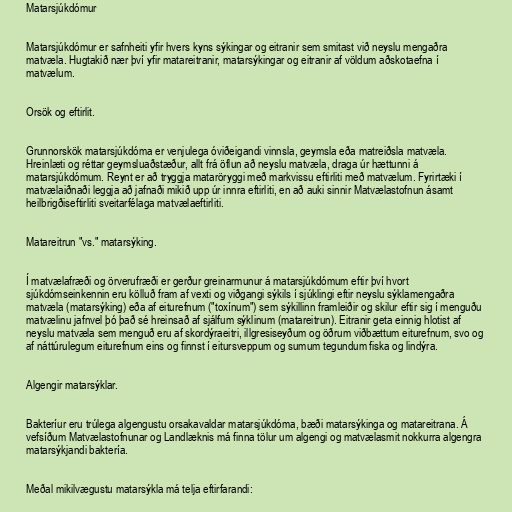
Matarsjúkdómur

Matarsjúkdómur er safnheiti yfir hvers kyns sýkingar og eitranir sem smitast við neyslu mengaðra
matvæla. Hugtakið nær því yfir matareitranir, matarsýkingar og eitranir af völdum aðskotaefna í
matvælum.

Orsök og eftirlit.

Grunnorskök matarsjúkdóma er venjulega óviðeigandi vinnsla, geymsla eða matreiðsla matvæla.
Hreinlæti og réttar geymsluaðstæður, allt frá öflun að neyslu matvæla, draga úr hættunni á
matarsjúkdómum. Reynt er að tryggja mataröryggi með markvissu eftirliti með matvælum. Fyrirtæki í
matvælaiðnaði leggja að jafnaði mikið upp úr innra eftirliti, en að auki sinnir Matvælastofnun ásamt
heilbrigðiseftirliti sveitarfélaga matvælaeftirliti.

Matareitrun "vs." matarsýking.

Í matvælafræði og örverufræði er gerður greinarmunur á matarsjúkdómum eftir því hvort
sjúkdómseinkennin eru kölluð fram af vexti og viðgangi sýkils í sjúklingi eftir neyslu sýklamengaðra
matvæla (matarsýking) eða af eiturefnum ("toxínum") sem sýkillinn framleiðir og skilur eftir sig í menguðu
matvælinu jafnvel þó það sé hreinsað af sjálfum sýklinum (matareitrun). Eitranir geta einnig hlotist af
neyslu matvæla sem menguð eru af skordýraeitri, illgresiseyðum og öðrum viðbættum eiturefnum, svo og
af náttúrulegum eiturefnum eins og finnst í eitursveppum og sumum tegundum fiska og lindýra.

Algengir matarsýklar.

Bakteríur eru trúlega algengustu orsakavaldar matarsjúkdóma, bæði matarsýkinga og matareitrana. Á
vefsíðum Matvælastofnunar og Landlæknis má finna tölur um algengi og matvælasmit nokkurra algengra
matarsýkjandi baktería.

Meðal mikilvægustu matarsýkla má telja eftirfarandi: